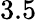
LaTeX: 3.5